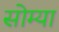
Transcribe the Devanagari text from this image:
सोम्या